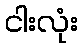
ငါးလုံး